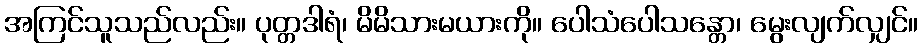
အကြင်သူသည်လည်း။ ပုတ္တဒါရံ၊ မိမိသားမယားကို။ ပေါသံပေါသန္တော၊ မွေးလျက်လျှင်။